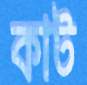
কাট